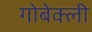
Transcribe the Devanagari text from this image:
गोबेक्ली